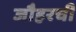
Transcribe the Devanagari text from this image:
जौहरची